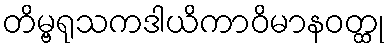
တိမ္ဗရုသကဒါယိကာဝိမာနဝတ္ထု